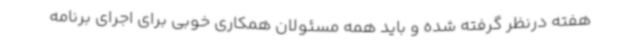
هفته درنظر گرفته شده و باید همه مسئولان همکاری خوبی برای اجرای برنامه